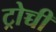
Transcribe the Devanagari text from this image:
ट्रोच्ची